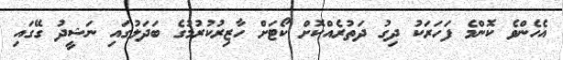
އެހެންވެ ކޮންމެ ފަހަރަކު ދިގު ދަތުރެއްކޮށް ކޯޓަށް ހާޒިރުކުރުމުގެ ބަދަލުގައި ނަޝީދު ގޭގައި